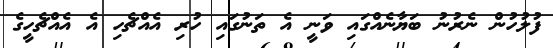
ފުލުހުން ނެރުނު ބަޔާނެއްގައި ވަނީ އެ ތަނުގައި ހުރި އެއްޗެހި އެ އެއްޗެހީގެ